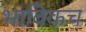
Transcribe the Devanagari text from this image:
भाविकच